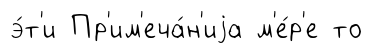
э́т'и Пр'им'еча́н'иjа м'е́р'е то